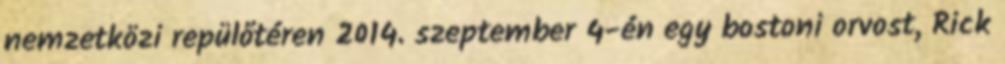
nemzetközi repülőtéren 2014. szeptember 4-én egy bostoni orvost, Rick